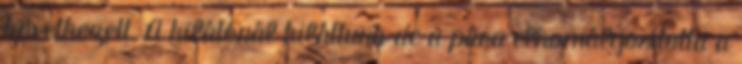
következett. A kilátónál kiláttunk de a pára elhomályosította a